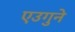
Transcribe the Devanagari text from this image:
एउगुने